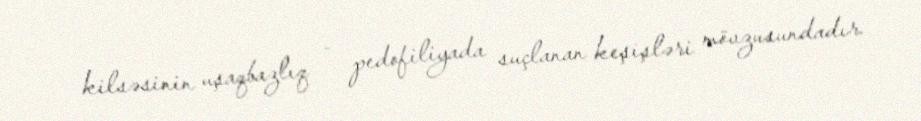
kilsəsinin uşaqbazlıq - pedofiliyada suçlanan keşişləri mövzusundadır.